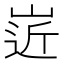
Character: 𡹢